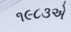
૧૯૮૩એ